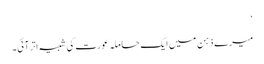
‘
میرے ذہن میں ایک حاملہ عورت کی شبیہ اتر آئی۔